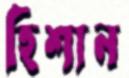
হিশান